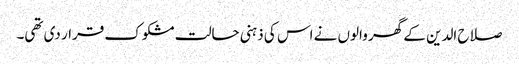
صلاح الدین کے گھر والوں نے اس کی ذہنی حالت مشکوک قرار دی تھی۔